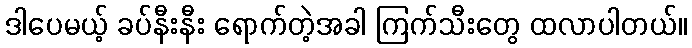
ဒါပေမယ့် ခပ်နီးနီး ရောက်တဲ့အခါ ကြက်သီးတွေ ထလာပါတယ်။